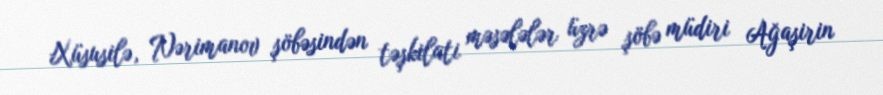
Xüsusilə, Nərimanov şöbəsindən təşkilati məsələlər üzrə şöbə müdiri Ağaşirin